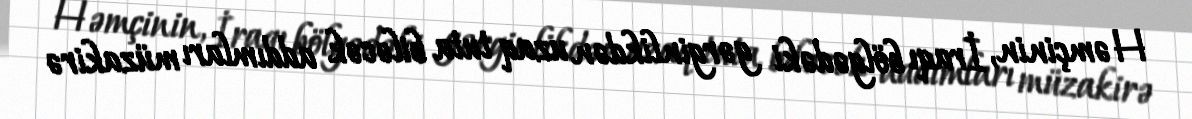
Həmçinin, İraqı bölgədəki gərginlikdən uzaq tuta biləcək addımları müzakirə